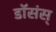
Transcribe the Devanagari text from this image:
डॉसंस्